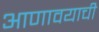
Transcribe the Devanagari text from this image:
आणावयाची